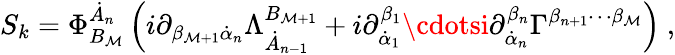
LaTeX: S_{k}=\Phi_{B_{\mathcal{M}}}^{\dot{{A}}_{n}}\left(i\partial_{\beta_{\mathcal{M}+1}\dot{{\alpha}}_{n}}\Lambda_{\dot{{A}}_{n-1}}^{B_{\mathcal{M}+1}}+i\partial_{\dot{{\alpha}}_{1}}^{\beta_{1}}\cdotsi\partial_{\dot{{\alpha}}_{n}}^{\beta_{n}}\Gamma^{\beta_{n+1}\cdots\beta_{\mathcal{M}}}\right)\ ,